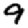
Digit: 9